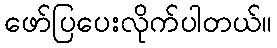
ဖော်ပြပေးလိုက်ပါတယ်။